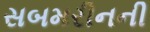
સબમરીનની